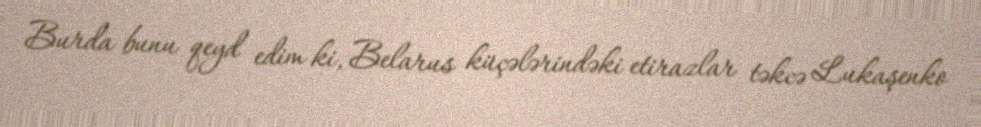
Burda bunu qeyd edim ki, Belarus küçələrindəki etirazlar təkcə Lukaşenko